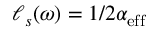
{ \ell _ { s } ( \omega ) = 1 / 2 \alpha _ { \mathrm { e f f } } }